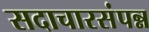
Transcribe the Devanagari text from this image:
सदाचारसंपन्न